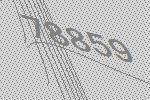
78859